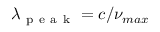
\lambda _ { \mathrm { ~ p ~ e ~ a ~ k ~ } } = c / \nu _ { m a x }